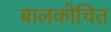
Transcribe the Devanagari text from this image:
बालकोचित